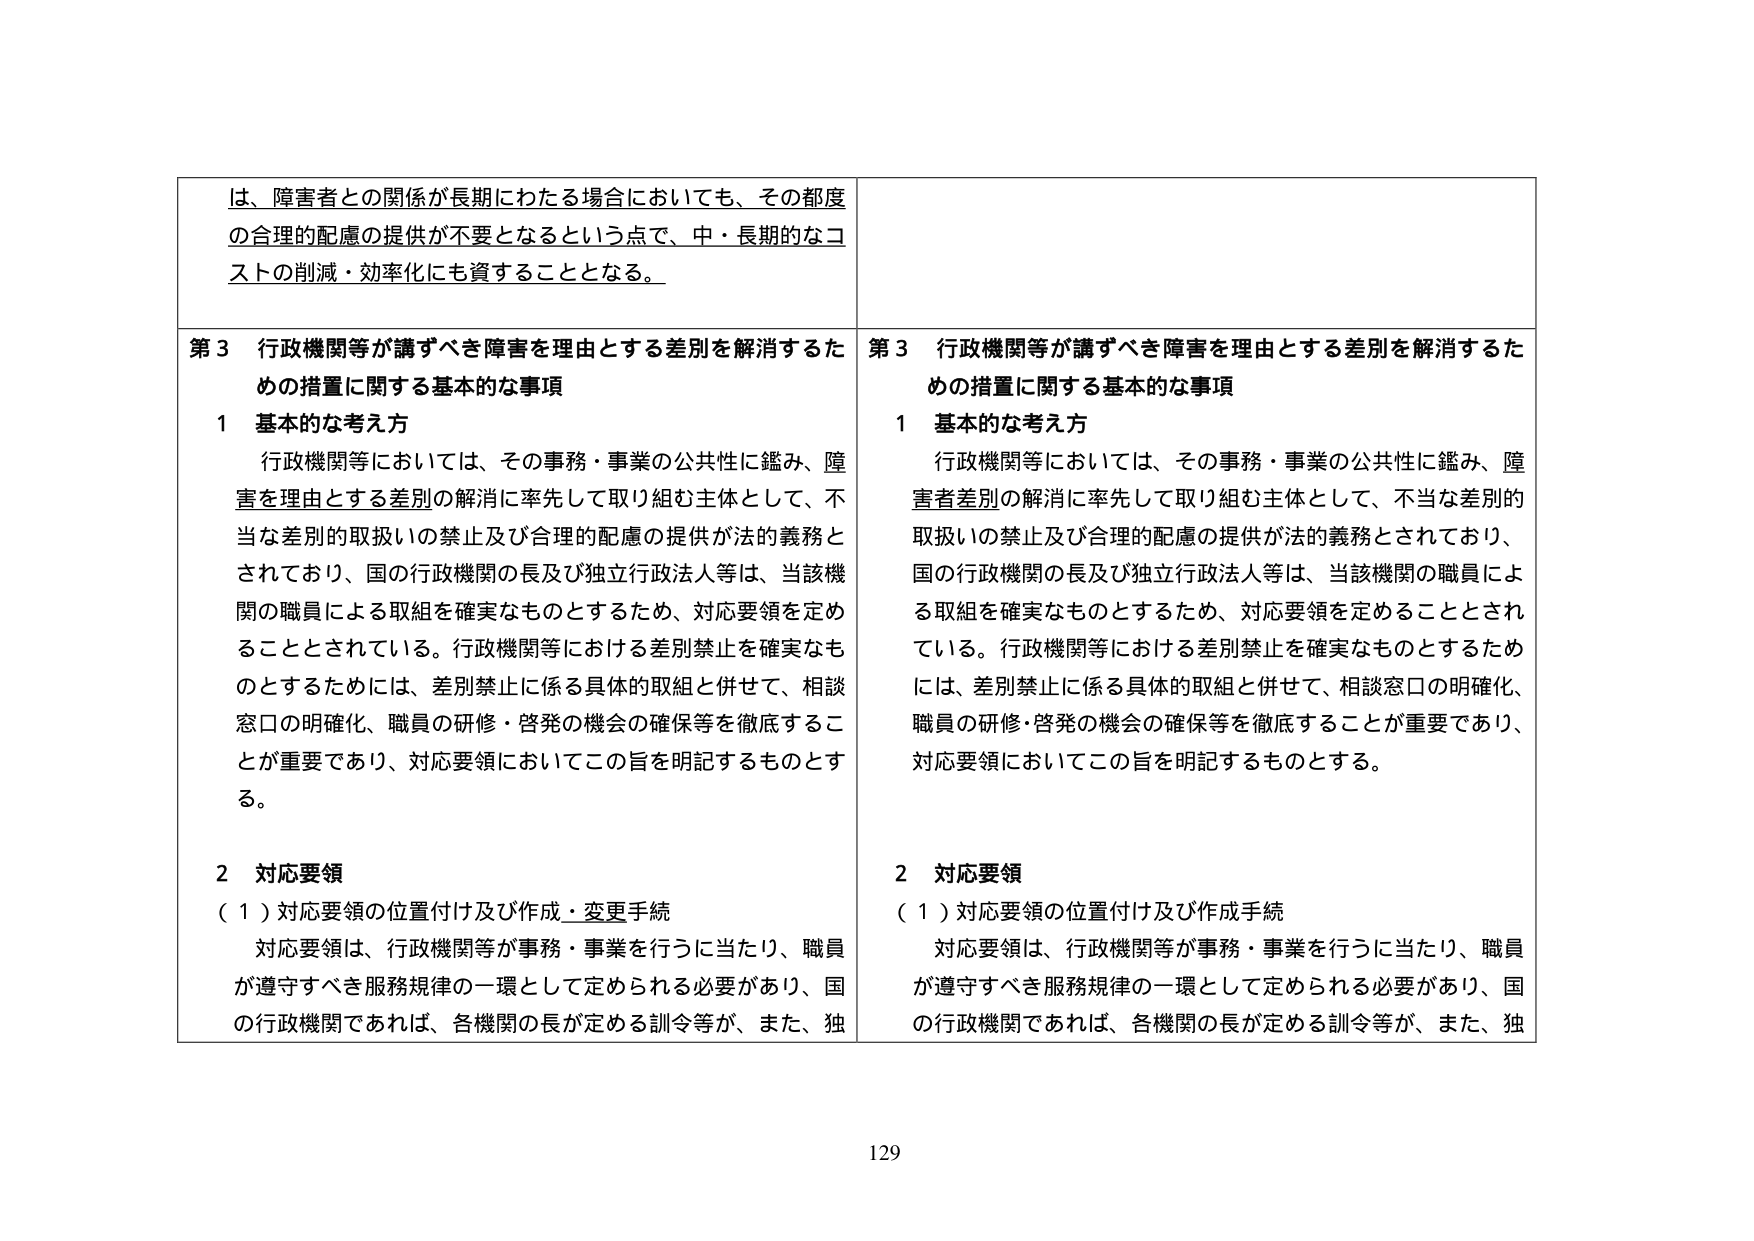
は、障害者との関係が長期にわたる場合においても、その都度
の合理的配慮の提供が不要となるという点で、中・長期的なコストの削減・効率化にも資することとなる。

第３ 行政機関等が講ずべき障害を理由とする差別を解消するための措置に関する基本的な事項
１ 基本的な考え方
行政機関等においては、その事務・事業の公共性に鑑み、障害を理由とする差別の解消に率先して取り組む主体として、不当な差別的取扱いの禁止及び合理的配慮の提供が法的義務とされており、国の行政機関の長及び独立行政法人等は、当該機関の職員による取組を確実なものとするため、対応要領を定めることとされている。行政機関等における差別禁止を確実なものとするためには、差別禁止に係る具体的取組と併せて、相談窓口の明確化、職員の研修・啓発の機会の確保等を徹底することが重要であり、対応要領においてこの旨を明記するものとする。

２ 対応要領
（１）対応要領の位置付け及び作成・変更手続
対応要領は、行政機関等が事務・事業を行うに当たり、職員が遵守すべき服務規律の一環として定められる必要があり、国の行政機関であれば、各機関の長が定める訓令等が、また、独

第３ 行政機関等が講ずべき障害を理由とする差別を解消するための措置に関する基本的な事項
１ 基本的な考え方
行政機関等においては、その事務・事業の公共性に鑑み、障害者差別の解消に率先して取り組む主体として、不当な差別的取扱いの禁止及び合理的配慮の提供が法的義務とされており、国の行政機関の長及び独立行政法人等は、当該機関の職員による取組を確実なものとするため、対応要領を定めることとされている。行政機関等における差別禁止を確実なものとするためには、差別禁止に係る具体的取組と併せて、相談窓口の明確化、職員の研修・啓発の機会の確保等を徹底することが重要であり、対応要領においてこの旨を明記するものとする。

２ 対応要領
（１）対応要領の位置付け及び作成手続
対応要領は、行政機関等が事務・事業を行うに当たり、職員が遵守すべき服務規律の一環として定められる必要があり、国の行政機関であれば、各機関の長が定める訓令等が、また、独

129